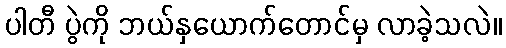
ပါတီ ပွဲကို ဘယ်နှယောက်တောင်မှ လာခဲ့သလဲ။